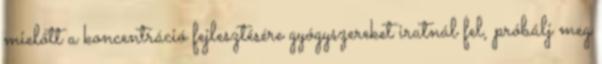
mielőtt a koncentráció fejlesztésére gyógyszereket iratnál fel, próbálj meg